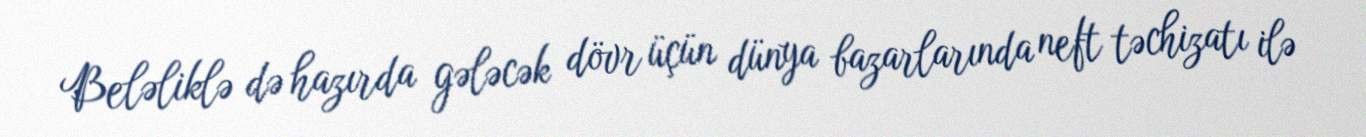
Beləliklə də hazırda gələcək dövr üçün dünya bazarlarında neft təchizatı ilə